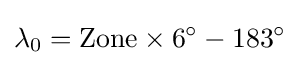
\lambda _{0}=\mathrm {Z} \mathrm {o} \mathrm {n} \mathrm {e} \times 6^{\circ }-183^{\circ }